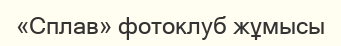
«Сплав» фотоклуб жұмысы